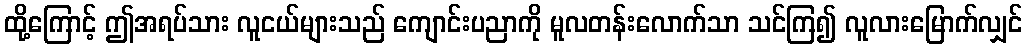
ထို့ကြောင့် ဤအရပ်သား လူငယ်များသည် ကျောင်းပညာကို မူလတန်းလောက်သာ သင်ကြ၍ လူလားမြောက်လျှင်